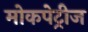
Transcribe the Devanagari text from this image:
मोकपेट्रीज